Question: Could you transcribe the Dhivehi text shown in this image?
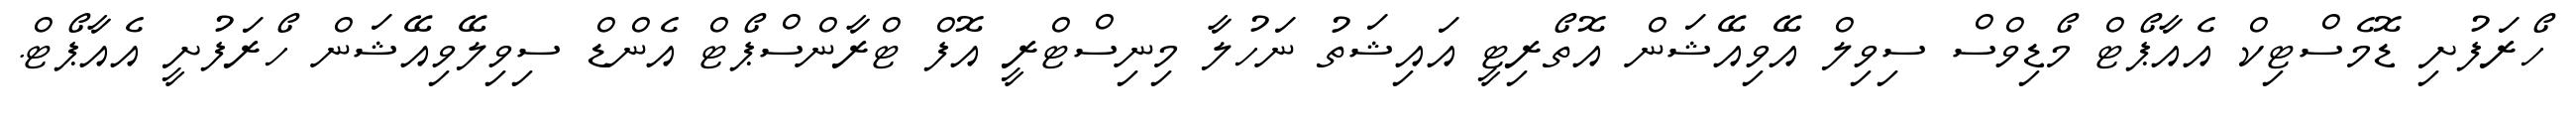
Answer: ހޯރަފުށި ޑޮމެސްޓިކް އެއާޕޯޓް މޯޑިވްސް ސިވިލް އޭވިއޭޝަން އޮތޯރިޓީ އައިޝަތު ނަހުލާ މިނިސްޓްރީ އޮފް ޓްރާންސްޕޯޓް އެންޑް ސިވިލޭވިއޭޝަން ހޯރަފުށީ އެއާޕޯޓް.